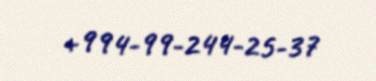
+994-99-244-25-37